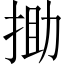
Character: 𢭟